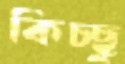
কিচ্ছু